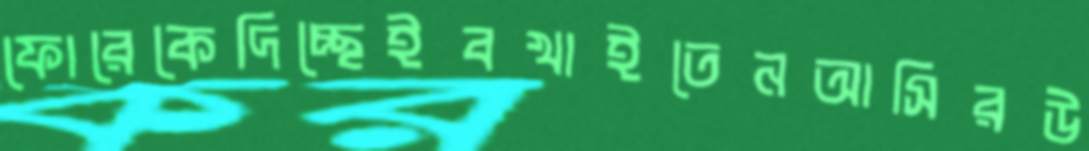
ফোরেকেদিচ্ছেইবখাইতেনআসিরউ